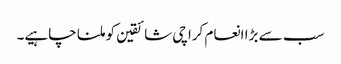
سب سے بڑا انعام کراچی شائقین کو ملنا چاہیے۔